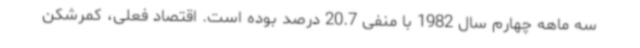
سه ماهه چهارم سال 1982 با منفی 20.7 درصد بوده است. اقتصاد فعلی، کمرشکن